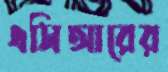
এসিআরের